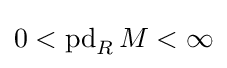
0<\operatorname {pd} _{R}M<\infty